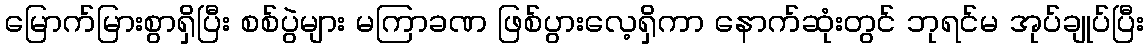
မြောက်မြားစွာရှိပြီး စစ်ပွဲများ မကြာခဏ ဖြစ်ပွားလေ့ရှိကာ နောက်ဆုံးတွင် ဘုရင်မ အုပ်ချုပ်ပြီး